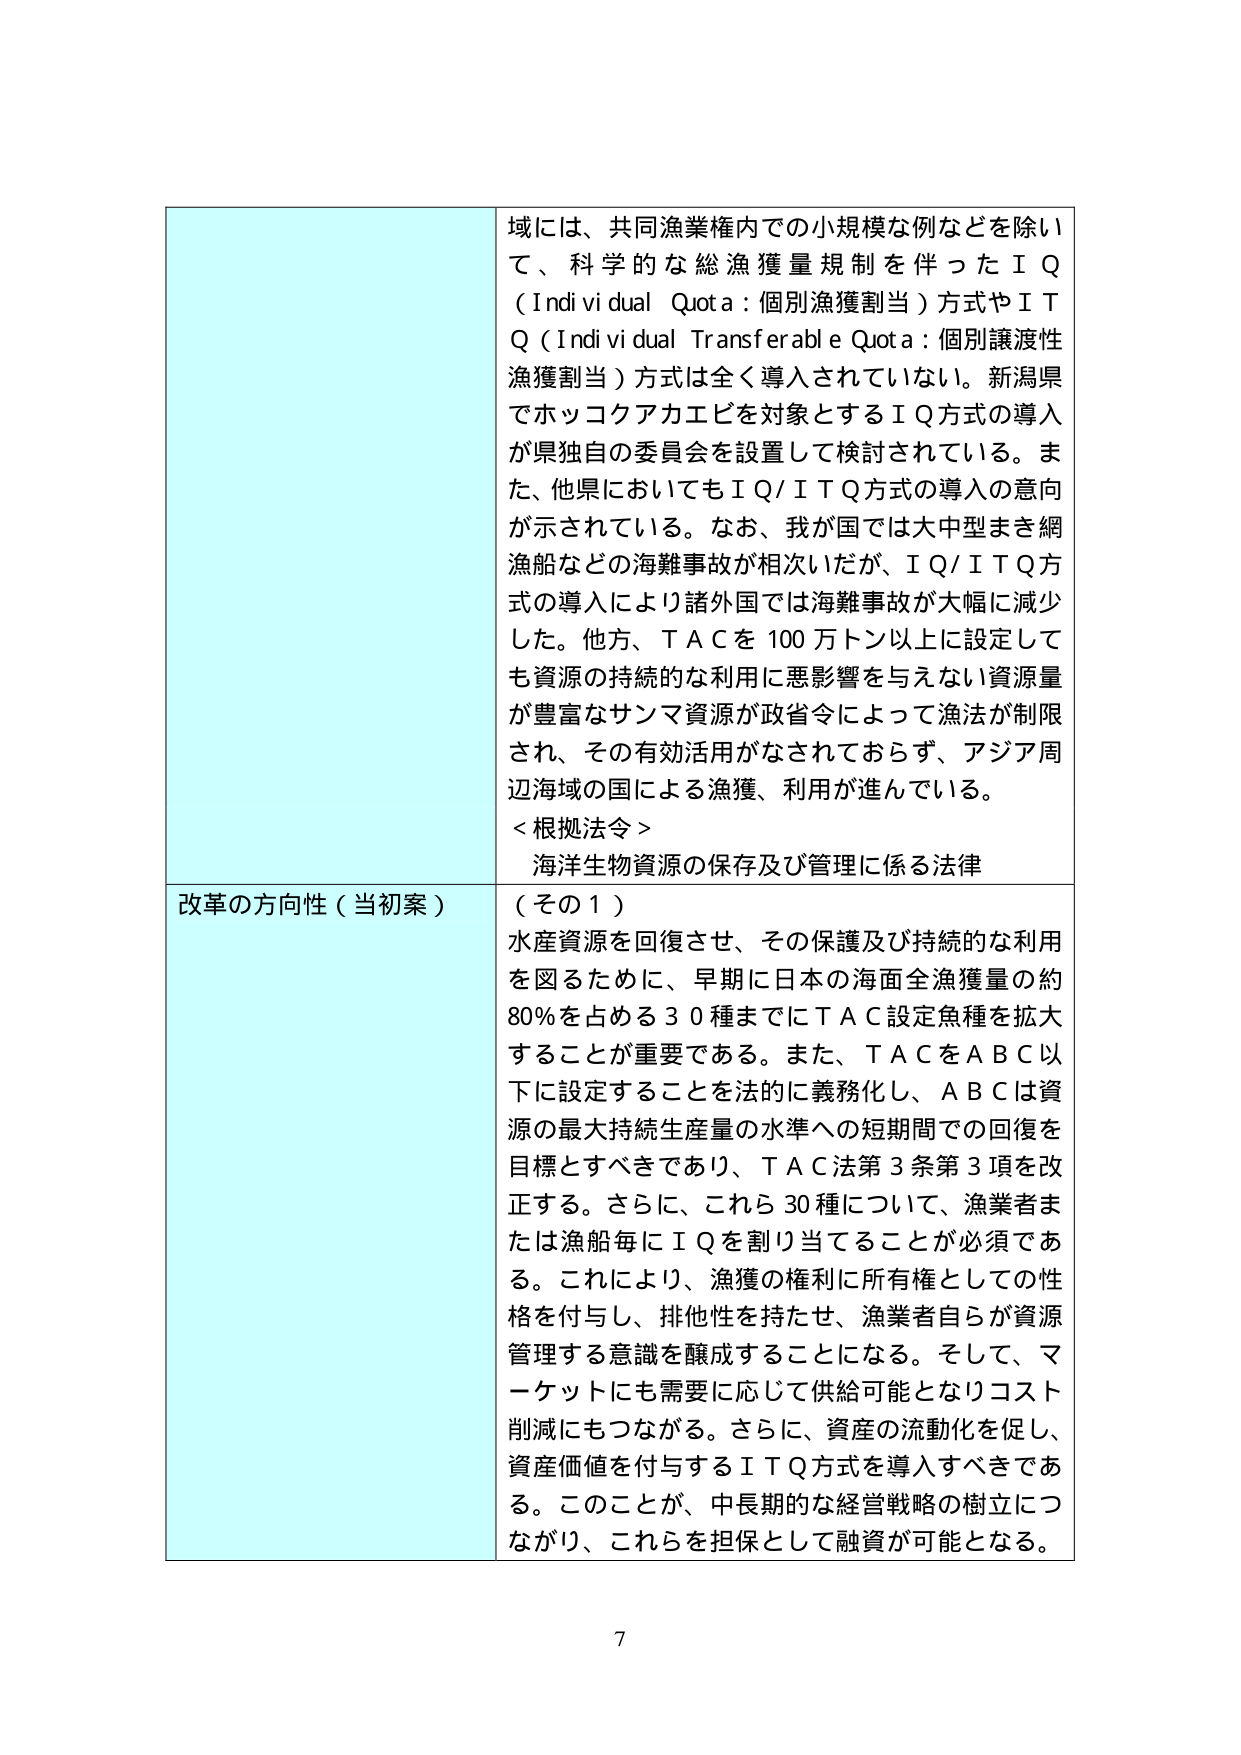
域には、共同漁業権内での小規模な例などを除いて、科学的な総漁獲量規制を伴ったＩＱ（Individual Quota：個別漁獲割当）方式やＩＴＱ（Individual Transferable Quota：個別譲渡性漁獲割当）方式は全く導入されていない。新潟県でホッコクアカエビを対象とするＩＱ方式の導入が県独自の委員会を設置して検討されている。また、他県においてもＩＱ/ＩＴＱ方式の導入の意向が示されている。なお、我が国では大中型まき網漁船などの海難事故が相次いだが、ＩＱ/ＩＴＱ方式の導入により諸外国では海難事故が大幅に減少した。他方、ＴＡＣを100万トン以上に設定しても資源の持続的な利用に悪影響を与えない資源量が豊富なサンマ資源が政省令によって漁法が制限され、その有効活用がなされておらず、アジア周辺海域の国による漁獲、利用が進んでいる。
＜根拠法令＞
海洋生物資源の保存及び管理に係る法律

改革の方向性（当初案）
（その１）
水産資源を回復させ、その保護及び持続的な利用を図るために、早期に日本の海面全漁獲量の約80％を占める30種までにＴＡＣ設定魚種を拡大することが重要である。また、ＴＡＣをＡＢＣ以下に設定することを法的に義務化し、ＡＢＣは資源の最大持続生産量の水準への短期間での回復を目標とすべきであり、ＴＡＣ法第3条第3項を改正する。さらに、これら30種について、漁業者または漁船毎にＩＱを割り当てることが必須である。これにより、漁獲の権利に所有権としての性格を付与し、排他性を持たせ、漁業者自らが資源管理する意識を醸成することになる。そして、マーケットにも需要に応じて供給可能となりコスト削減にもつながる。さらに、資産の流動化を促し、資産価値を付与するＩＴＱ方式を導入すべきである。このことが、中長期的な経営戦略の樹立につながり、これらを担保として融資が可能となる。

7